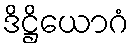
ဒိဋ္ဌိယောဂံ